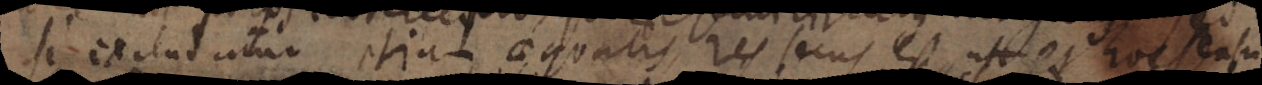
si exclud utur etiam aequalis res scus est ust et hoc asu